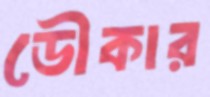
ডৌকার